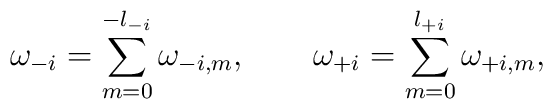
\omega_{-i} = \sum_{m = 0}^{-l_{-i}} \omega_{-i, m}, \qquad\omega_{+i} = \sum_{m = 0}^{l_{+i}} \omega_{+i, m},